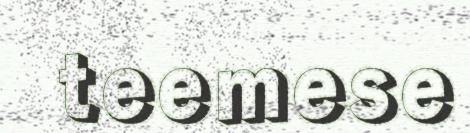
teemese